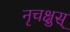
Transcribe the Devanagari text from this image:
नृचक्षुस्